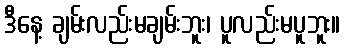
ဒီနေ့ ချမ်းလည်းမချမ်းဘူး၊ ပူလည်းမပူဘူး။